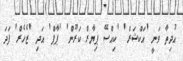
އުދިތާ ވަނީ 'އަކްޝަރް' 'ކިއްސޭ ޕިޔާރް ކަރޫން' 'ޕާޕް' އަދި 'ޒެހެރް' ފަދަ